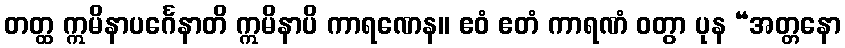
တတ္ထ ဣမိနာပင်္ဂေနာတိ ဣမိနာပိ ကာရဏေန။ ဧဝံ ဧတံ ကာရဏံ ဝတွာ ပုန “အတ္တနော